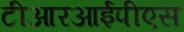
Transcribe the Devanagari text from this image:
टीआरआईपीएस